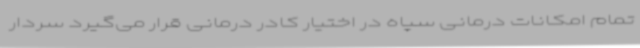
تمام امکانات درمانی سپاه در اختیار کادر درمانی قرار می‌گیرد سردار